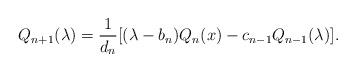
LaTeX: \begin{align*}Q_{n+1}(\lambda) = \frac{1}{d_n}[(\lambda - b_n )Q_n (x) - c_{n-1} Q_{n-1} (\lambda)]. \end{align*}